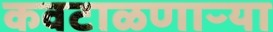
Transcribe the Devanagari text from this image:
कवटाळणाऱ्या